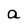
Character: a